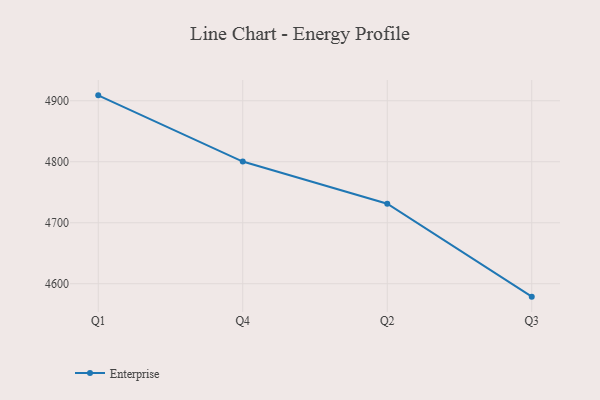
{"axis": {"x": "Quarter", "y": "Latency (ms)"}, "legend": ["Enterprise"], "data": [{"x": "Q1", "y": 4908.9, "type": "Enterprise"}, {"x": "Q4", "y": 4800.3, "type": "Enterprise"}, {"x": "Q2", "y": 4731.1, "type": "Enterprise"}, {"x": "Q3", "y": 4578.8, "type": "Enterprise"}]}